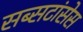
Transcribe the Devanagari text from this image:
सब्सटांसेस